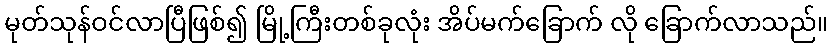
မုတ်သုန်ဝင်လာပြီဖြစ်၍ မြို့ကြီးတစ်ခုလုံး အိပ်မက်ခြောက် လို ခြောက်လာသည်။